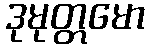
ဒုမုတ္တမော